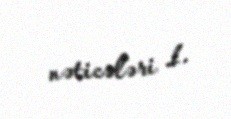
nəticələri 1.